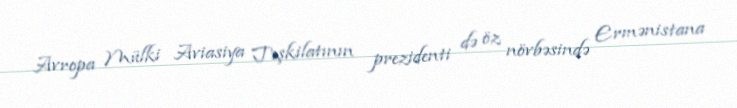
Avropa Mülki Aviasiya Təşkilatının prezidenti də öz növbəsində Ermənistana